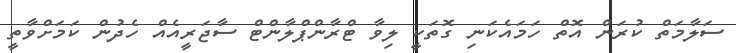
ސަލާމަތް ކުރަން އޮތް ހަމައެކަނި ގޮތަކީ ލިވާ ޓްރާންޕްލާންޓް ސާޖަރީއެއް ހެދުން ކަމަށްވާތީ